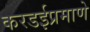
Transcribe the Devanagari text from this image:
करडईप्रमाणे